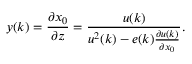
y ( k ) = \frac { \partial x _ { 0 } } { \partial z } = \frac { u ( k ) } { u ^ { 2 } ( k ) - e ( k ) \frac { \partial u ( k ) } { \partial x _ { 0 } } } .